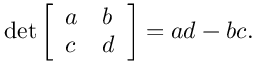
\operatorname* { d e t } { \left[ \begin{array} { l l } { a } & { b } \\ { c } & { d } \end{array} \right] } = a d - b c .